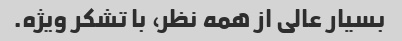
بسیار عالی از همه نظر، با تشکر ویژه.